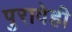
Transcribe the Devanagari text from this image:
पुरावेही